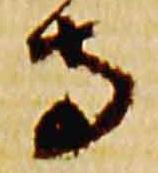
寺